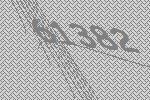
61382